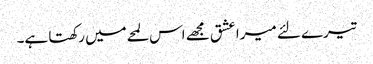
تیرے لئے میرا عشق مجھے اس لمحےمیں رکھتا ہے۔